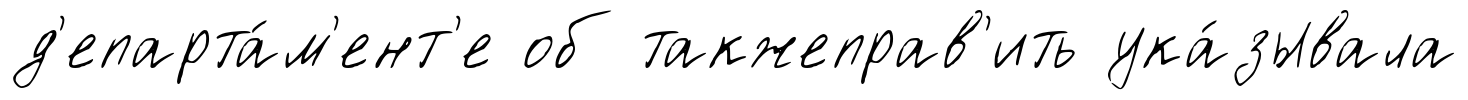
д'епарта́м'ент'е об такжеправ'ить ука́зывала